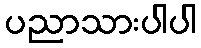
ပညာသားပါပါ